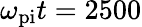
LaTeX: \omega_{\mathrm{pi}}t=2500